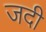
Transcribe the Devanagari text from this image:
जदी